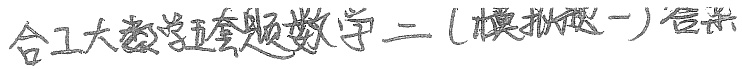
合工大数学五套题数学二（模拟题一）答案